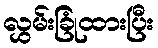
လွှမ်းခြုံထားပြီး